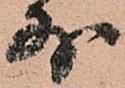
外